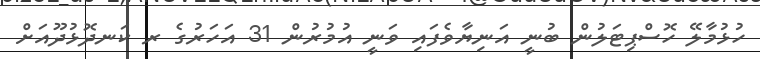
ހުޅުމާލޭ ހޮސްޕިޓަލުން ބުނީ އަނިޔާވެފައި ވަނީ އުމުރުން 31 އަހަރުގެ ރ ކަނދޮޅުދޫއަށް